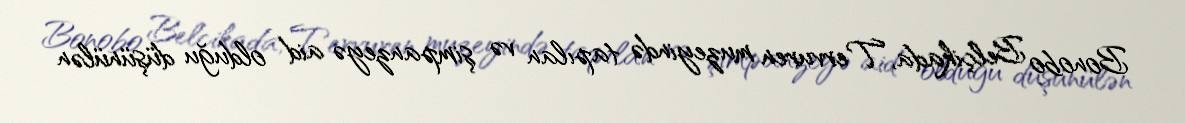
Bonobo Belçikada, Tervuren muzeyində tapılan və şimpanzeyə aid olduğu düşünülən